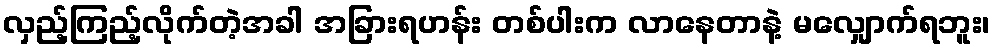
လှည့်ကြည့်လိုက်တဲ့အခါ အခြားရဟန်း တစ်ပါးက လာနေတာနဲ့ မလျှောက်ရဘူး၊